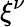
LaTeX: \xi^{\nu}